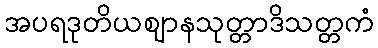
အပရဒုတိယဈာနသုတ္တာဒိသတ္တကံ